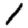
Digit: 1